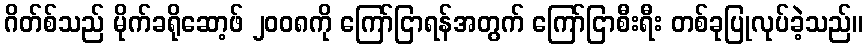
ဂိတ်စ်သည် မိုက်ခရိုဆော့ဖ် ၂၀၀၈ကို ကြော်ငြာရန်အတွက် ကြော်ငြာစီးရီး တစ်ခုပြုလုပ်ခဲ့သည်။